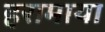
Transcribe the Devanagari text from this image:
हरामाया